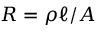
R = \rho \ell / A